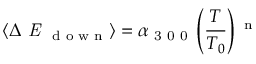
\langle \Delta \emph { E } \textsubscript { d o w n } \rangle = \alpha \textsubscript { 3 0 0 } \left( \frac { T } { T _ { 0 } } \right) \textsuperscript { n }